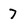
Character: 7